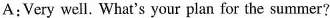
A:Very well. What's your plan for the summer?